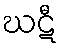
ဃဋီ